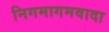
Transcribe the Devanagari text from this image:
निगमागमवादा